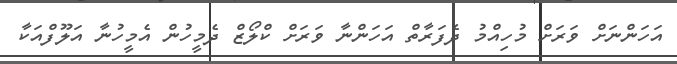
އަހަންނަށް ވަރަށް މުހިއްމު ދެފަރާތް އަހަންނާ ވަރަށް ކްލޯޒް ދެމީހުން އެމީހުނާ އަލޫފްއަކާ